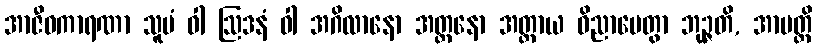
အာဇီဝကာရဏာ သူပံ ဝါ ဩဒနံ ဝါ အဂိလာနော အတ္တနော အတ္ထာယ ဝိညာပေတွာ ဘုဉ္ဇတိ, အာပတ္တိ